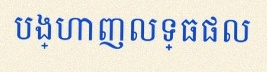
បង្ហាញលទ្ធផល